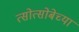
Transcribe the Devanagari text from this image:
त्सोत्सोबेच्या